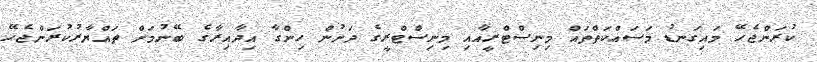
ކުރަންޖެހޭ މައިގަނޑު މަސައްކަތްތައް މިނިސްޓްރީއާއި މިނިސްޓްރީގެ ދަށުން ހިންގާ އިދާއިރާގެ ބޭނުމަށް ތައްޔާރުކުރަންޖެހޭ